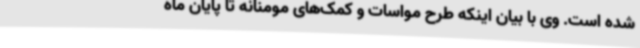
شده است. وی با بیان اینکه طرح مواسات و کمک‌های مومنانه تا پایان ماه